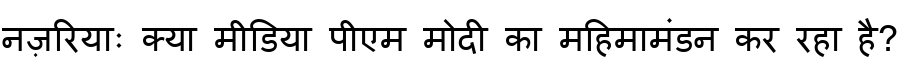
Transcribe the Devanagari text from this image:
नज़रियाः क्या मीडिया पीएम मोदी का महिमामंडन कर रहा है?